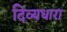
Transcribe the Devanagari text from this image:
दिव्यधारा